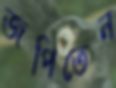
জপিতেন